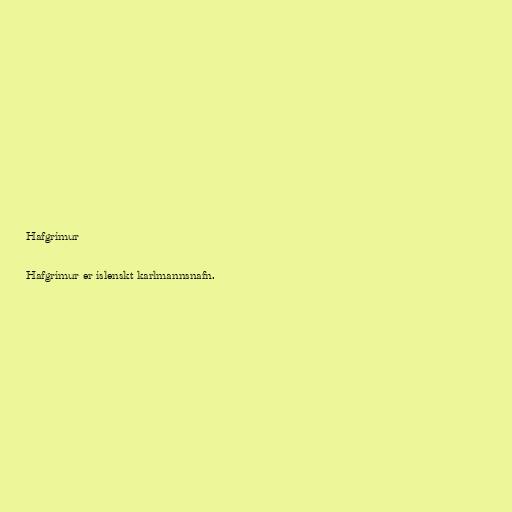
Hafgrímur

Hafgrímur er íslenskt karlmannsnafn.